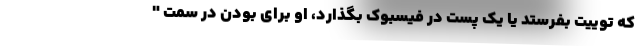
که توییت بفرستد یا یک پست در فیسبوک بگذارد، او برای بودن در سمت "